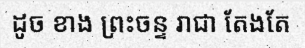
ដូច ខាង ព្រះចន្ទ រាជា តែងតែ